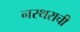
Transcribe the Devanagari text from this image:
नरथराची